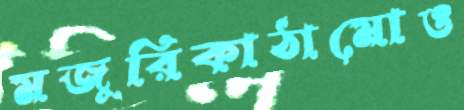
মজুরিকাঠামোও